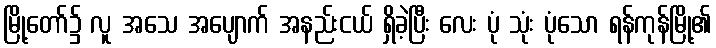
မြို့တော်၌ လူ အသေ အပျောက် အနည်းငယ် ရှိခဲ့ပြီး လေး ပုံ သုံး ပုံသော ရန်ကုန်မြို့၏